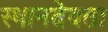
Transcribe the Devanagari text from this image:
स्थानदेवता